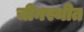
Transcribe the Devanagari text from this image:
चीनस्थीत